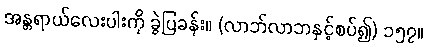
အန္တရာယ်လေးပါးကို ခွဲပြခန်း။ (လာဘ်လာဘနှင့်စပ်၍) ၁၅၇။